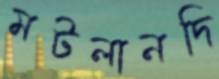
মটলানদি